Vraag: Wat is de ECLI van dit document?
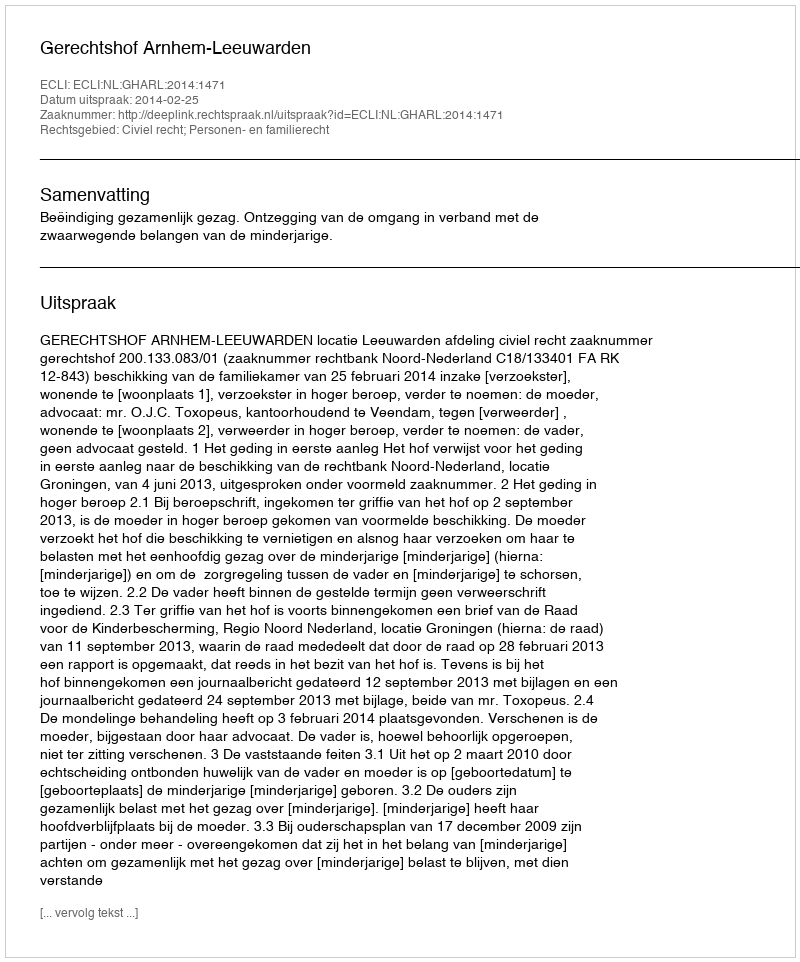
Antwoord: ECLI:NL:GHARL:2014:1471